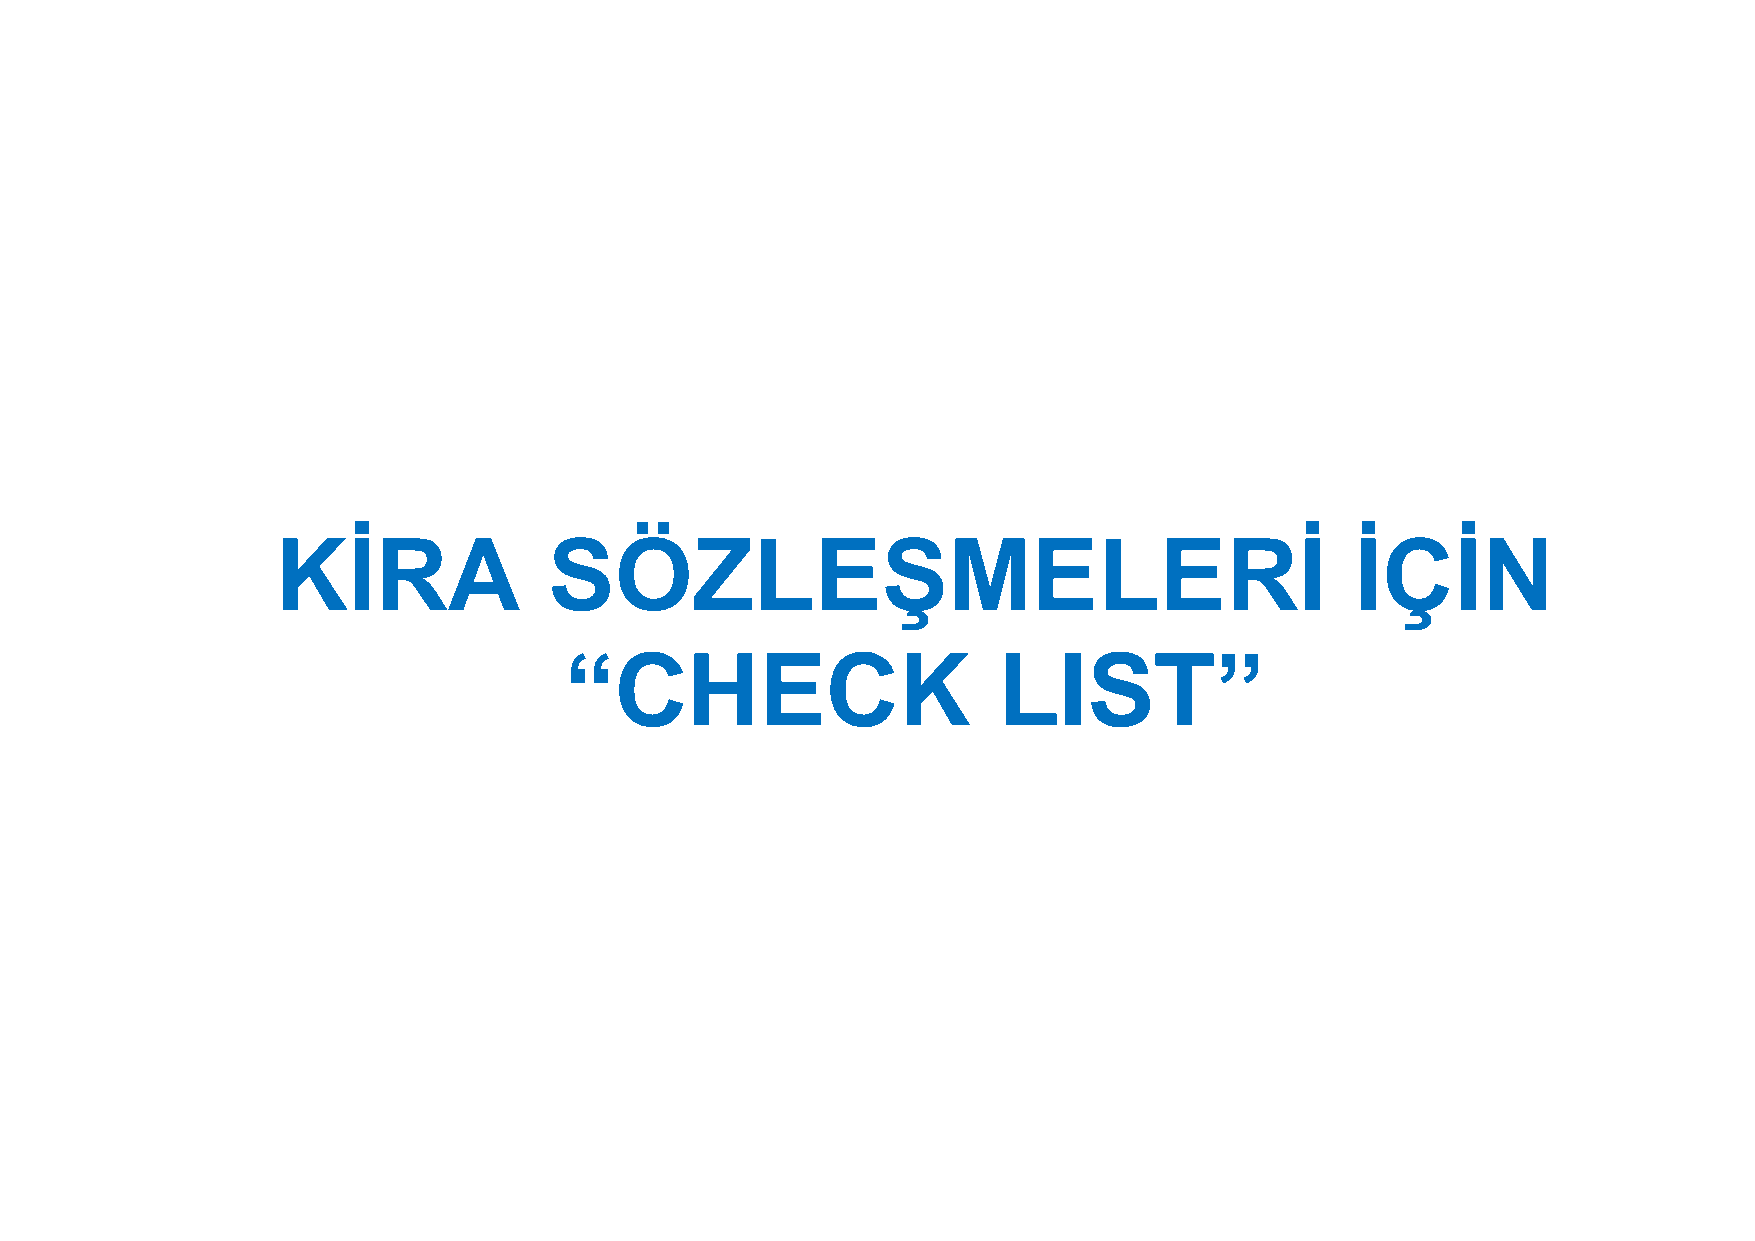
KİRA              SÖZLEŞMELERİ                                          İÇİN
 “CHECK                       LIST”